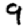
Digit: 9